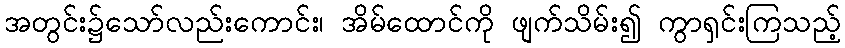
အတွင်း၌သော်လည်းကောင်း၊ အိမ်ထောင်ကို ဖျက်သိမ်း၍ ကွာရှင်းကြသည့်